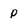
Character: p